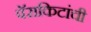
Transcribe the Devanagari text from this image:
पॅराकिटांची